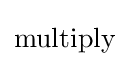
{\rm {multiply}}